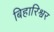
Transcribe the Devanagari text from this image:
बिहारिश्वर